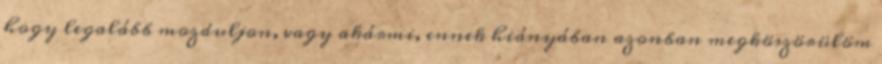
hogy legalább mozduljon, vagy akármi, ennek hiányában azonban megköszörülöm